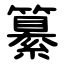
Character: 纂